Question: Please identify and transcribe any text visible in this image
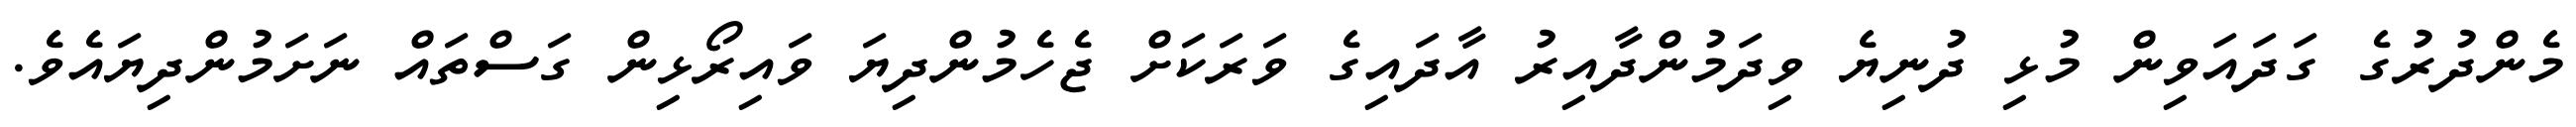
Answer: މެންދުރުގެ ގަދައަވިން މުޅި ދުނިޔެ ވިދަމުންދާއިރު އާދައިގެ ވަރަކަށް ޖެހެމުންދިޔަ ވައިރޯޅިން ގަސްތައް ނަށަމުންދިޔައެވެ.